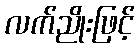
လက်ညိုးဖြင့်